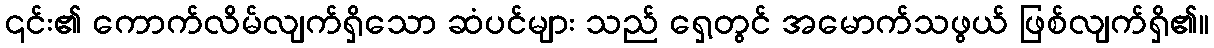
၎င်း၏ ကောက်လိမ်လျက်ရှိသော ဆံပင်များ သည် ရှေ့တွင် အမောက်သဖွယ် ဖြစ်လျက်ရှိ၏။